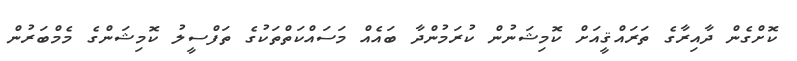
ކޮށްގެން ދާއިރާގެ ތަރައްޤީއަށް ކޮމިޝަނުން ކުރަމުންދާ ބައެއް މަސައްކަތްތަކުގެ ތަފްސީލު ކޮމިޝަންގެ މެމްބަރުން